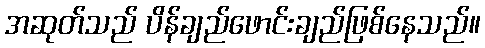
အဆုတ်သည် ပိန်ချည်ဖောင်းချည်ဖြစ်နေသည်။